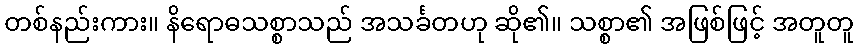
တစ်နည်းကား။ နိရောဓသစ္စာသည် အသင်္ခတဟု ဆို၏။ သစ္စာ၏ အဖြစ်ဖြင့် အတူတူ